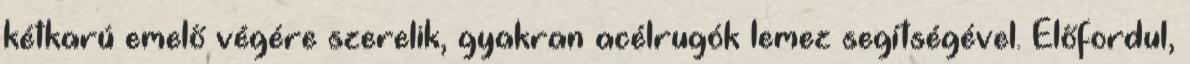
kétkarú emelő végére szerelik, gyakran acélrugók lemez segítségével. Előfordul,